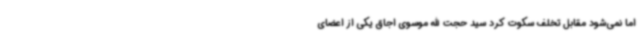
اما نمی‌شود مقابل تخلف سکوت کرد سید حجت الله موسوی اجاق یکی از اعضای